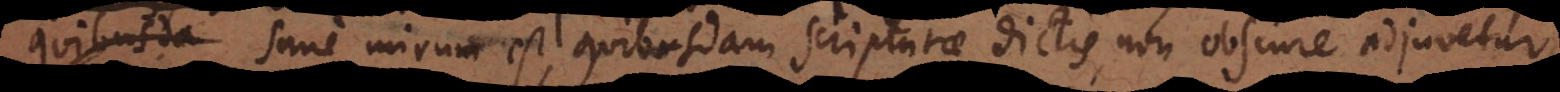
quibusda sane mirum est, quibusdam Scripturae dictis, non obscure adjuvetur